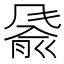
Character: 𬲂